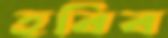
হবিব